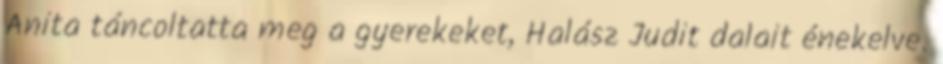
Anita táncoltatta meg a gyerekeket, Halász Judit dalait énekelve.